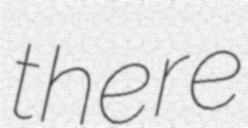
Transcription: there